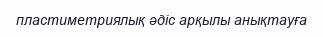
пластиметриялық әдіс арқылы анықтауға